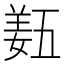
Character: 𡟿